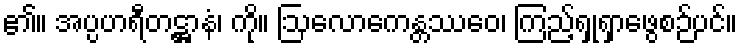
၏။ အပ္ပဟရီတဋ္ဌာနံ၊ ကို။ ဩလောကေန္တဿေဝ၊ ကြည့်ရှုရှာဖွေစဉ်ပင်။